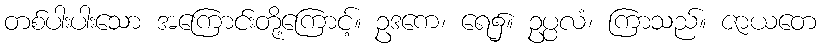
တစ်ပါးပါးသော အကြောင်းတို့ကြောင့်။ ဥဒကေ၊ ရေ၌။ ဥပ္ပလံ၊ ကြာသည်။ ဇာယတေ